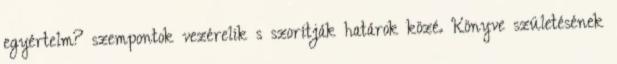
egyértelm? szempontok vezérelik s szorítják határok közé. Könyve születésének